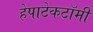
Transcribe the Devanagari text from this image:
हेपाटेकटॉमी